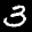
Label: 3